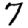
Digit: 7